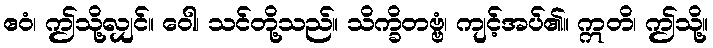
ဧဝံ၊ ဤသို့လျှင်။ ဝေါ၊ သင်တို့သည်။ သိက္ခိတဗ္ဗံ၊ ကျင့်အပ်၏။ ဣတိ၊ ဤသို့။